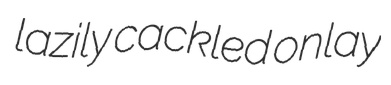
lazily cackled onlay